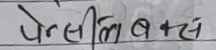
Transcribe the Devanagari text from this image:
पेन्सीला बक्स